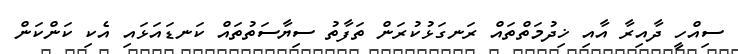
ސިއްހީ ދާއިރާ އާއި ޚިދުމަތްތައް ރަނގަޅުކުރަން ތަފާތު ސިޔާސަތުތައް ކަނޑައަޅައި އެކި ކަންކަން